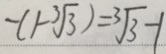
- ( 1 - \sqrt [ 3 ] { 3 } ) = \sqrt [ 3 ] { 3 } - 1